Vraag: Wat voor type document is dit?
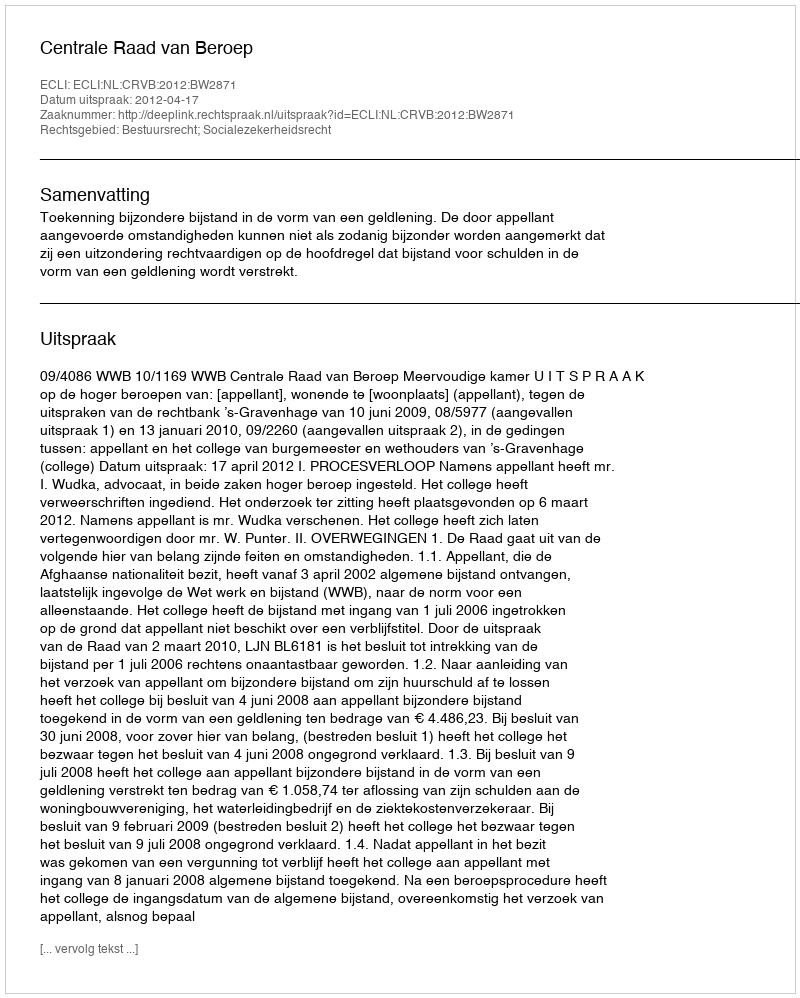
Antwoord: Uitspraak